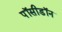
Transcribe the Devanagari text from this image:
पॉसीडॉन